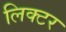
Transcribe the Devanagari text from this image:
लिक्टर